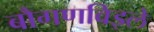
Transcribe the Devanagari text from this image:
बौगणविइले